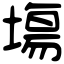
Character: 塲